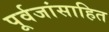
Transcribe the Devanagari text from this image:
पूर्वजांसाहित